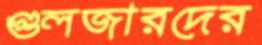
গুলজারদের